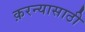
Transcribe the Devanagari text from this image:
क़रन्यासाठी